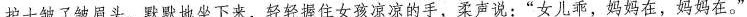
护士皱了皱眉头，默默地坐下来，轻轻握住女孩凉凉的手，柔声说：“女儿乖，妈妈在，妈妈在。”